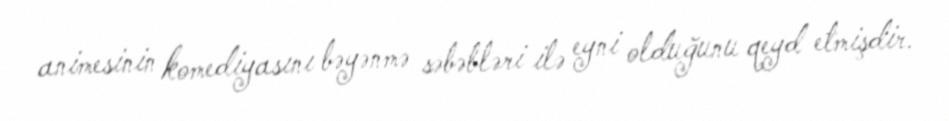
animesinin komediyasını bəyənmə səbəbləri ilə eyni olduğunu qeyd etmişdir.